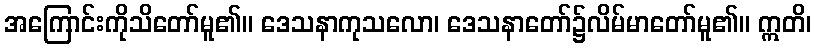
အကြောင်းကိုသိတော်မူ၏။ ဒေသနာကုသလော၊ ဒေသနာတော်၌လိမ်မာတော်မူ၏။ ဣတိ၊